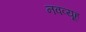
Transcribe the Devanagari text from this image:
नवव्यूह